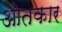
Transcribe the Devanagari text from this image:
ओतकार